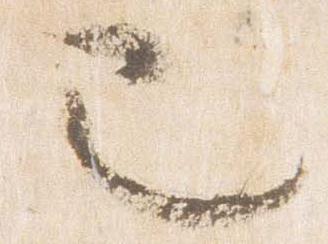
也